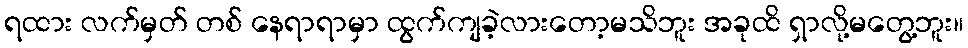
ရထား လက်မှတ် တစ် နေရာရာမှာ ထွက်ကျခဲ့လားတော့မသိဘူး အခုထိ ရှာလို့မတွေ့ဘူး။